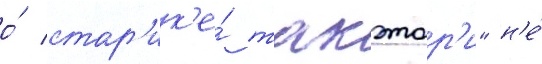
о́ стар'ик'е́ такэтор'и" н'е́